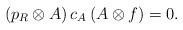
LaTeX: \begin{align*}\left( p_{R}\otimes A\right) c_{A}\left( A\otimes f\right) =0.\end{align*}